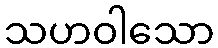
သဟဝါသော